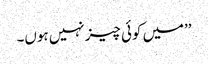
’’میں کوئی چیز نہیں ہوں۔